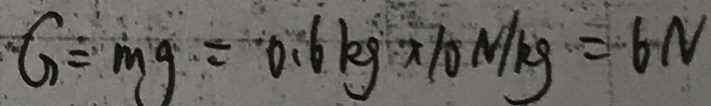
G = m g = 0 . 6 k g \times 1 0 N / k g = 6 N